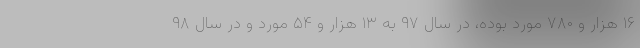
۱۶ هزار و ۷۸۰ مورد بوده، در سال ۹۷ به ۱۳ هزار و ۵۴ مورد و در سال ۹۸